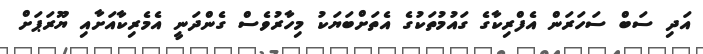
އަދި ސަބް ސަހަރަން އެފްރިކާގެ ގައުމުތަކުގެ އެތަށްބަޔަކު މިހާރުވެސް ގެންދަނީ އެމެރިކާއަށާއި ޔޫރަޕަށް